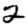
Digit: 2